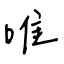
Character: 唯